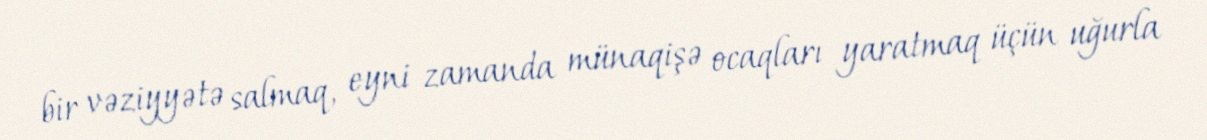
bir vəziyyətə salmaq, eyni zamanda münaqişə ocaqları yaratmaq üçün uğurla